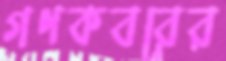
গণকবরের